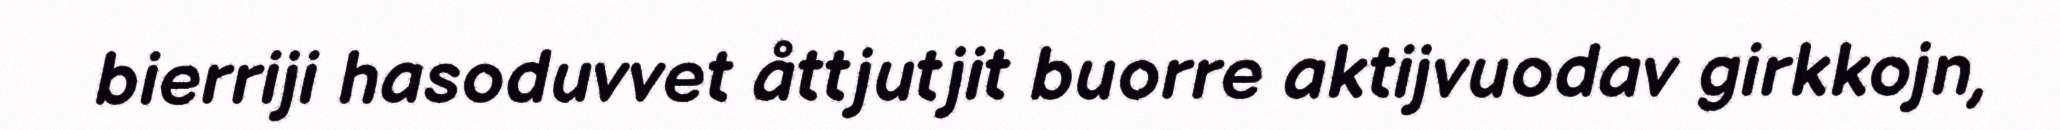
bierriji hasoduvvet åttjutjit buorre aktijvuodav girkkojn,